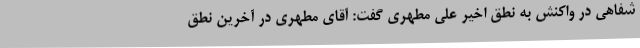
شفاهی در واکنش به نطق اخیر علی مطهری گفت: آقای مطهری در آخرین نطق